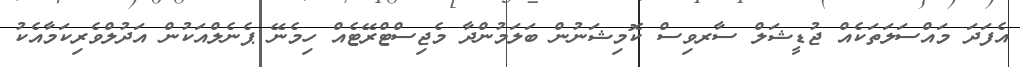
އެފަދަ މައްސަލަތަކެއް ޖުޑީޝަލް ސާރވިސް ކޮމިޝަނުން ބަލަމުންދާ މެޖިސްޓްރޭޓެއް ހިމެނޭ ޕެނެލްއަކުން އަދުލްވެރިކަމާއެކު